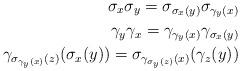
LaTeX: \begin{align*} \sigma_x\sigma_y=\sigma_{\sigma_x(y)}\sigma_{\gamma_y(x)} \\ \gamma_y\gamma_x=\gamma_{\gamma_y(x)}\gamma_{\sigma_x(y)} \\\gamma_{\sigma_{\gamma_y(x)}(z)}(\sigma_x(y))=\sigma_{\gamma_{\sigma_y(z)}(x)}(\gamma_z(y)) \end{align*}